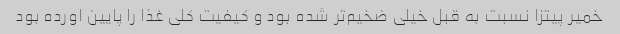
خمیر پیتزا نسبت به قبل خیلی ضخیم‌تر شده بود و کیفیت کلی غذا را پایین اورده بود